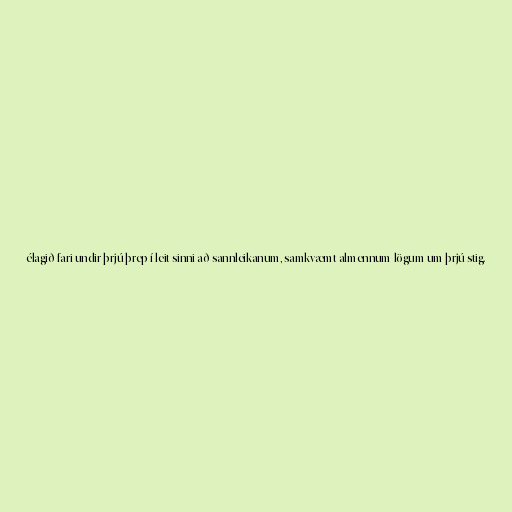
élagið fari undir þrjú þrep í leit sinni að sannleikanum, samkvæmt almennum lögum um þrjú stig.